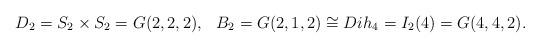
LaTeX: \begin{align*}D_2=S_2\times S_2=G(2,2,2), &&B_2=G(2,1,2)\cong Dih_4=I_2(4)=G(4,4,2).\end{align*}